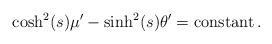
LaTeX: \begin{align*} \cosh^2 ( s ) \mu' - \sinh^2 ( s ) \theta' =\mathrm{constant}\,.\end{align*}